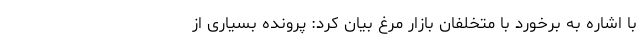
با اشاره به برخورد با متخلفان بازار مرغ بیان کرد: پرونده بسیاری از